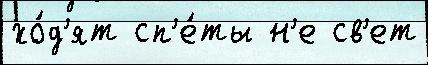
хо́д'ят сп'е́ты н'е св'ет